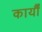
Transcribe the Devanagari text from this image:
कार्यौं